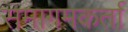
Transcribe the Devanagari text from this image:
समागमकर्ता